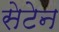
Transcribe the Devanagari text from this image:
सेटेन